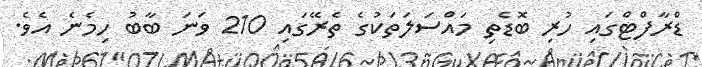
ޑްރާފްޓްގައި ހުރި ބޮޑެތި މައްސަލަތަކުގެ ތެރޭގައި 210 ވަނަ ބާބު ހިމެނެ އެވެ.